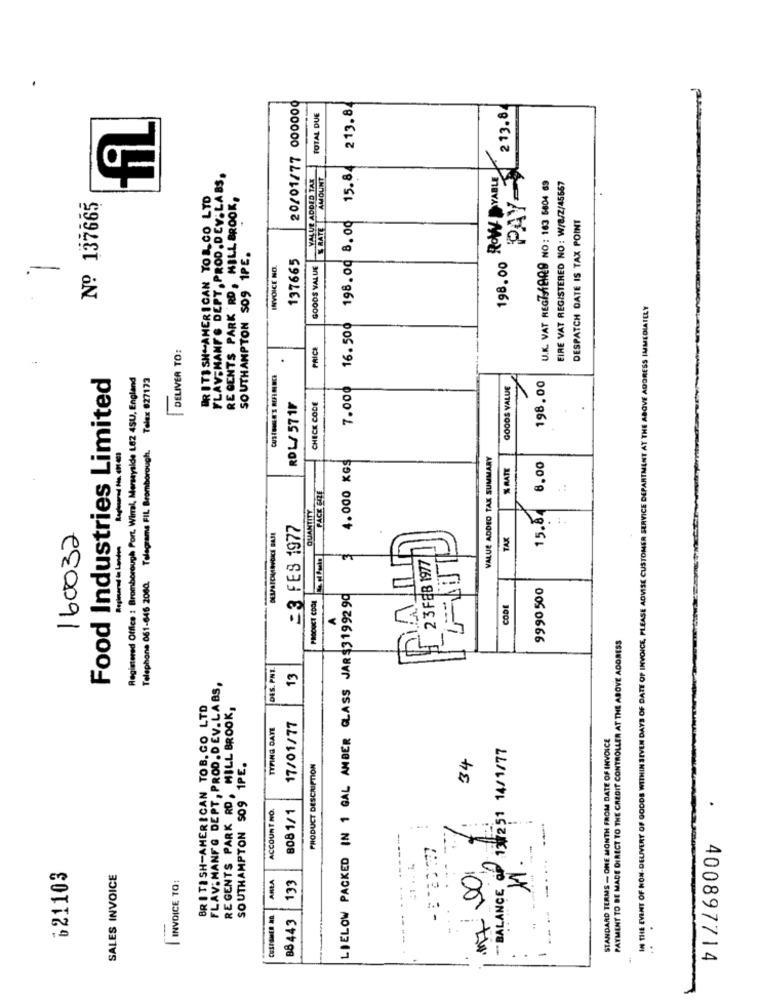
20/01/77 000000
15.84 213.8
PAY- 213.8.
TOTAL DUE
ROW DYABLE
FLAV MANF & DEPT, PROO.DEV. LABS,
VALUE ADDED TAX
S RATE AMOUNT
EIRE VAT REGISTERED NO: W/8/2/45667
U.K. VAT REGZAARD NO: 163 5804 69
BRITISH AMERICAN TOR.CO LTD
REGENTS PARK RD, MILL BROOK,
Nº 137665
16.500 198.00 8.00
DESPATCH DATE IS TAX POINT
STRATE
SOUTHAMPTON SO9 1PE.
137665
INVOICE NO
GOODS VALUE
198.00
-
IN THE EVENT OF NON-DELIVERY OF GOODS WITHIN SEVEN DAYS OF DATE OF INVOICE, PLEASE ADVISE CUSTOMER SERVICE DEPARTMENT AT THE ABOVE ADDRESS IMMEDIATELY
DELIVER TO:
PRICE
.
Food Industries Limited
Registered Office : Bromborough Port. Wirral, Merseyside L82 4SU, England
Telex 827173
7.000
198.00
GOODS VALUE
RDL/ 571F
CHECK CODE
Telephone 061-645 2060. Telegrams FIL Bromborough.
----
4.000 xGS
VALUE ADDED TAX SUMMARY
8,00
% RATE
FACE GIRE
QUANTITY
15.84
£3 FES 1977
160032
TAK
Boghared in London
2 3 FEB 1977
9990 500
LIELOW PACKED IN 1 GAL AMBER CLASS JAR$3199290
CODE
PAYMENT TO BE MADE DIRECT TO THE CREDIT CONTROLLER AT THE ABOVE ADDRESS
DES. PNT.
13
FLAV:MANFG DEPT, PROD.DEV.LABS,
BRITISH-AMERICAN TOB. CO LTD
REGENTS PARK RD, MILL BROOK,
TYPING DATE
17/01/77
STANDARD TERMS - ONE MONTH FROM DATE OF INVOICE
1#2,51 14/1/77
SOUTHAMPTON 509 1PE.
PRODUCT DESCRIPTION
34
ACCOUNT NO.
8081/1
.
--
621103
** BALANCE OF
SALES INVOICE
ARLA
133
M
INVOICE TO:
-
---
BB 443
:
-
400897714